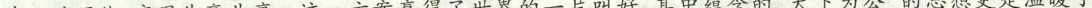
命运共同体，实现共赢共享。这一方案赢得了世界的一片叫好，其中蕴含的”天下为公”的思想更是温暖了